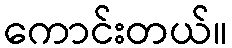
ကောင်းတယ်။